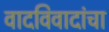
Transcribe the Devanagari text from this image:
वादविवादांचा